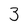
Character: 3